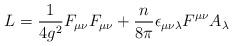
LaTeX: \begin{align*}L = \frac{1}{4g^2}F_{\mu\nu}F_{\mu\nu} +\frac{n}{8\pi} \epsilon_{\mu\nu\lambda} F^{\mu\nu}A_{\lambda}\end{align*}